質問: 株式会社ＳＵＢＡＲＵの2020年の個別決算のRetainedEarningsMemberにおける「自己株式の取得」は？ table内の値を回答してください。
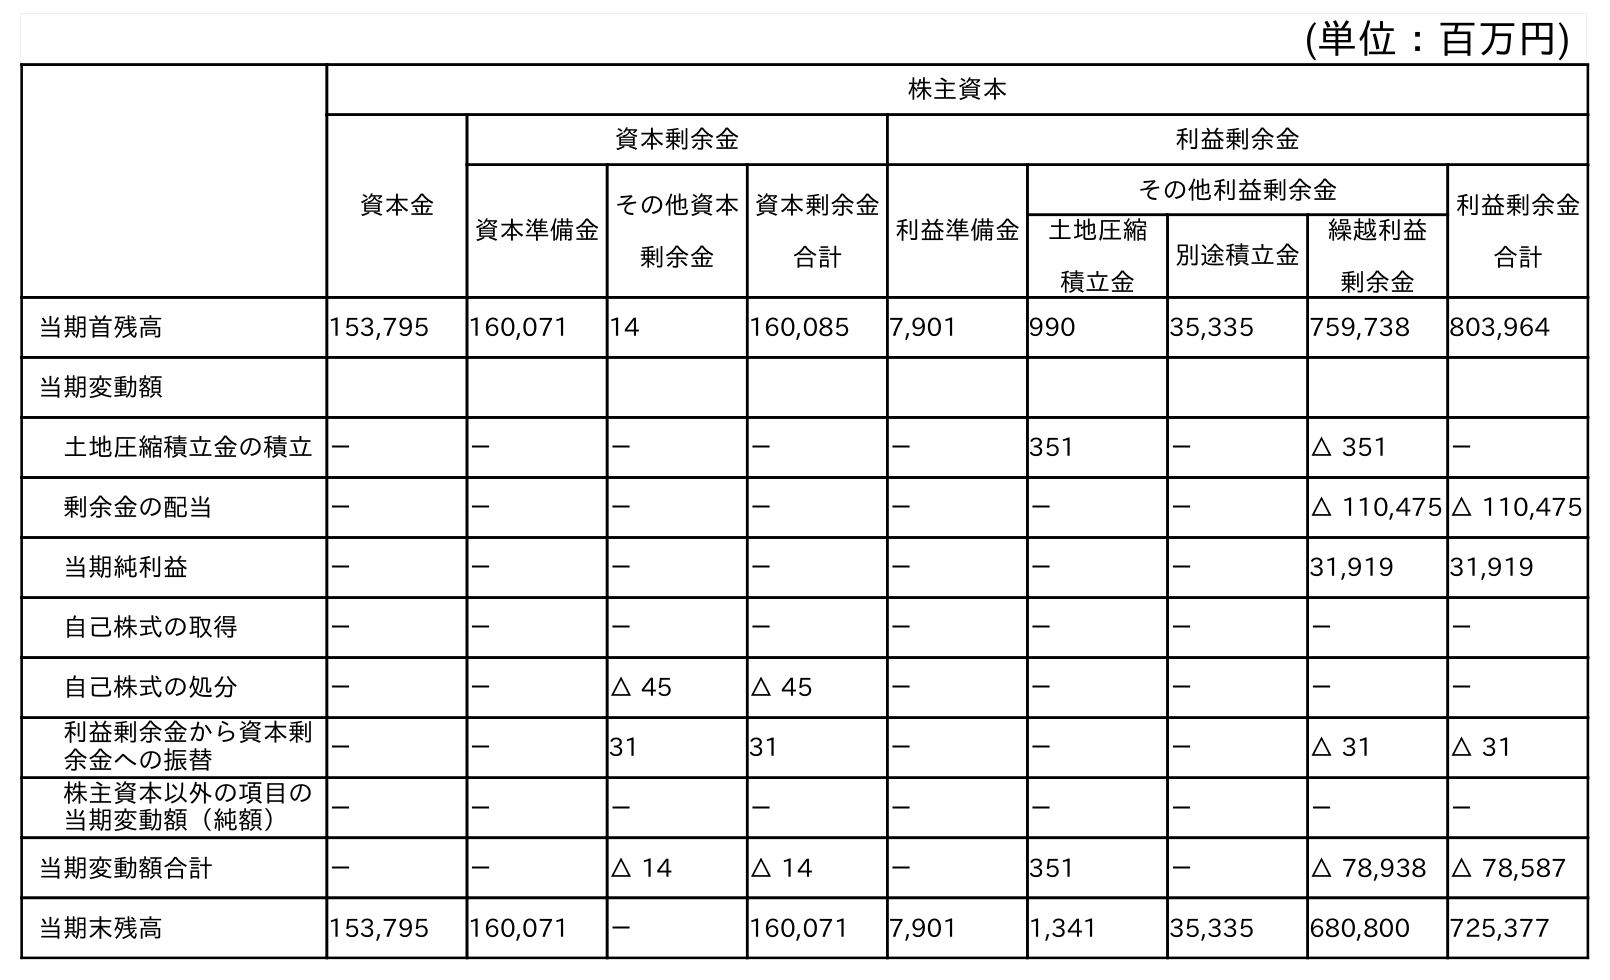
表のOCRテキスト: (単位：百万円) 株主資本 資本金 資本剰余金 利益剰余金 資本準備金 その他資本 剰余金 資本剰余金 合計 利益準備金 その他利益剰余金 利益剰余金 合計 土地圧縮 積立金 別途積立金 繰越利益 剰余金 当期首残高 153,795 160,071 14 160,085 7,901 990 35,335 759,738 803,964 当期変動額 土地圧縮積立金の積立－ － － － － 351 － △ 351 － 剰余金の配当 － － － － － － － △ 110,475 △ 110,475 当期純利益 － － － － － － － 31,919 31,919 自己株式の取得 － － － － － － － － － 自己株式の処分 － － △ 45 △ 45 － － － － － 利益剰余金から資本剰 余金への振替 － － 31 31 － － － △ 31 △ 31 株主資本以外の項目の 当期変動額（純額） － － － － － － － － － 当期変動額合計 － － △ 14 △ 14 － 351 － △ 78,938 △ 78,587 当期末残高 153,795 160,071 － 160,071 7,901 1,341 35,335 680,800 725,377
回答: －